Indian journal of veterinary science and animal husbandry - Volumes 28-29, 1958-1959
Year: 1958
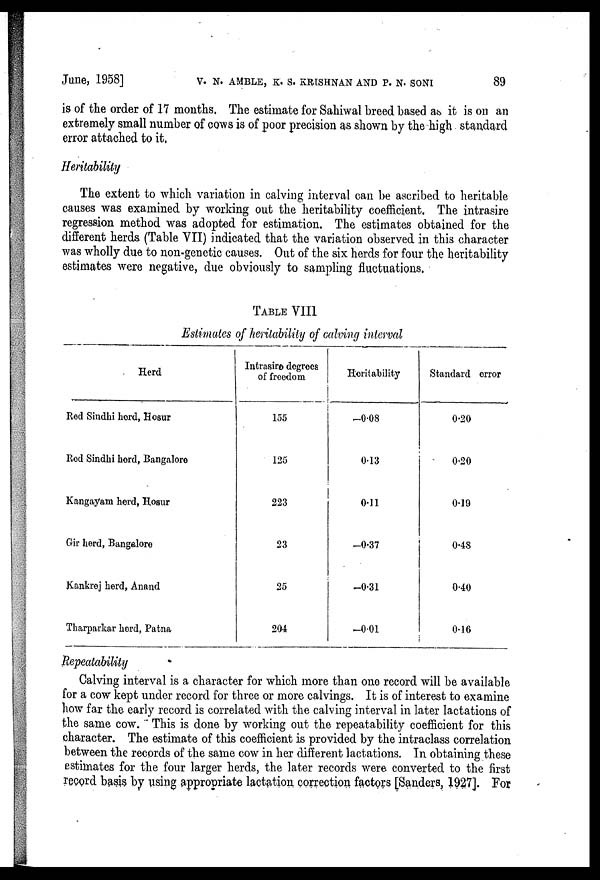
June, 1958] V. N. AMBLE, K. S. KRISHNAN AND P. N. SONI 89
is of the order of 17 months, The estimate for Sahiwal breed based as it is on an
extremely small number of cows is of poor precision as shown by the high standard
error attached to it,
Heritability
The extent to which variation in calving interval can be ascribed to heritable
causes was examined by working out the heritability coefficient, The intrasire
regression method was adopted for estimation. The estimates obtained for the
different herds (Table VII) indicated that the variation observed in this character
was wholly due to non-genetic causes. Out of the six herds for four the heritability
estimates were negative, due obviously to sampling fluctuations.
TABLE VIII
Estimates of heritability of calving interval
Herd
Red Sindhi herd, Hosur
Red Sindhi herd, Bangalore
Kangayam herd, Hosur
Gir herd, Bangalore
Kankrej herd, Anand
Tharparkar herd, Patna
Intrasire degrees
of freedom
155
125
223
23
25
204
Horitability
—0.08
0.13
0.11
—0.37
—0.31
—0.01
Standard error
0.20
0.20
0.19
0.48
0.40
0.16
Repeatability
Calving interval is a character for which more than one record will be available
for a cow kept under record for three or more calvings. It is of interest to examine
how far the early record is correlated with the calving interval in later lactations of
the same cow. This is done by working out the repeatability coefficient for this
character. The estimate of this coefficient is provided by the intraclass correlation
between the records of the same cow in her different lactations. In obtaining these
estimates for the four larger herds, the later records were converted to the first
record basis by using appropriate lactation correction factors [Sanders, 1927]. For